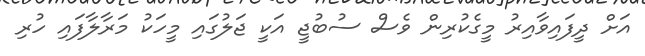
އަށް ދީފައިވާއިރު މީގެކުރިން ވެސް ސުބުޖީ އަކީ ޖަލުގައި މީހަކު މަރާލާފައި ހުރި